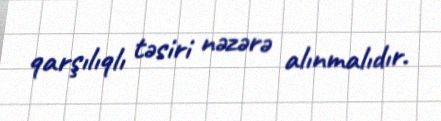
qarşılıqlı təsiri nəzərə alınmalıdır.